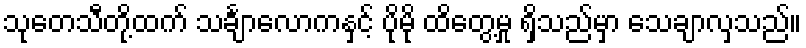
သုတေသီတို့ထက် သင်္ချာလောကနှင့် ပိုမို ထိတွေ့မှု ရှိသည်မှာ သေချာလှသည်။